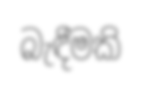
බැඳීමකි